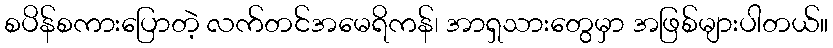
စပိန်စကားပြောတဲ့ လက်တင်အမေရိကန်၊ အာရှသားတွေမှာ အဖြစ်များပါတယ်။